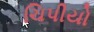
ચિપીયો